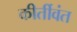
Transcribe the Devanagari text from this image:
कीर्तीवंत